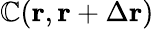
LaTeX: \mathbb{C}(\mathbf{{r}},\mathbf{{r}}+\Delta\mathbf{{r}})